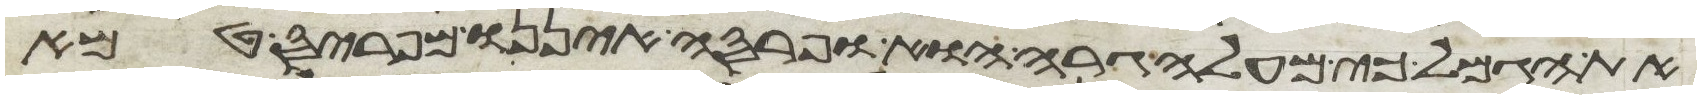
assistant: את הגמל כי מעלי גרה הוא ופרסה איננו מפריס טמא